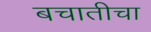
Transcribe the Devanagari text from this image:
बचातीचा